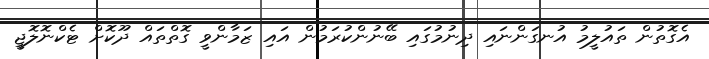
އެގޮތުން ތައުލީމު އުނގަންނައި ދިނުމުގައި ބޭނުންކުރަމުން އައި ޒަމާންވީ ގޮތްތައް ދޫކޮށް ޓެކްނޮލޮޖީ